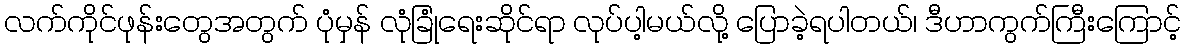
လက်ကိုင်ဖုန်းတွေအတွက် ပုံမှန် လုံခြုံရေးဆိုင်ရာ လုပ်ပါ့မယ်လို့ ပြောခဲ့ရပါတယ်၊ ဒီဟာကွက်ကြီးကြောင့်